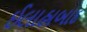
ઈલાહાબાદ